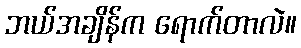
ဘယ်အချိန်က ရောက်တာလဲ။